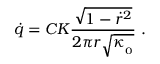
\dot { q } = { C } { \cal K } { \frac { \sqrt { 1 - \dot { r } ^ { 2 } } } { 2 \pi r \sqrt { \kappa _ { _ 0 } } } } \ .